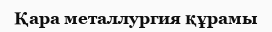
Қара металлургия құрамы